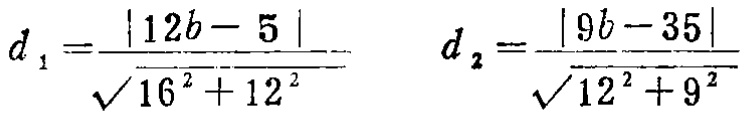
\[d_{1}=\frac{\vert 12b - 5\vert}{\sqrt{16^{2}+12^{2}}}\quad d_{2}=\frac{\vert 9b - 35\vert}{\sqrt{12^{2}+9^{2}}}\]